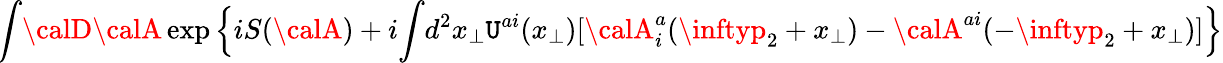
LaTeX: \! \int\! {\calD}{\calA}\exp\Big\{ iS({\calA})+i\! \int\! d^{2}x_{\perp}\mathtt{U}^{ai}(x_{\perp})[{\calA}_{i}^{a}(\inftyp_{2}+x_{\perp})-{\calA}^{ai}(-\inftyp_{2}+x_{\perp})]\Big\}